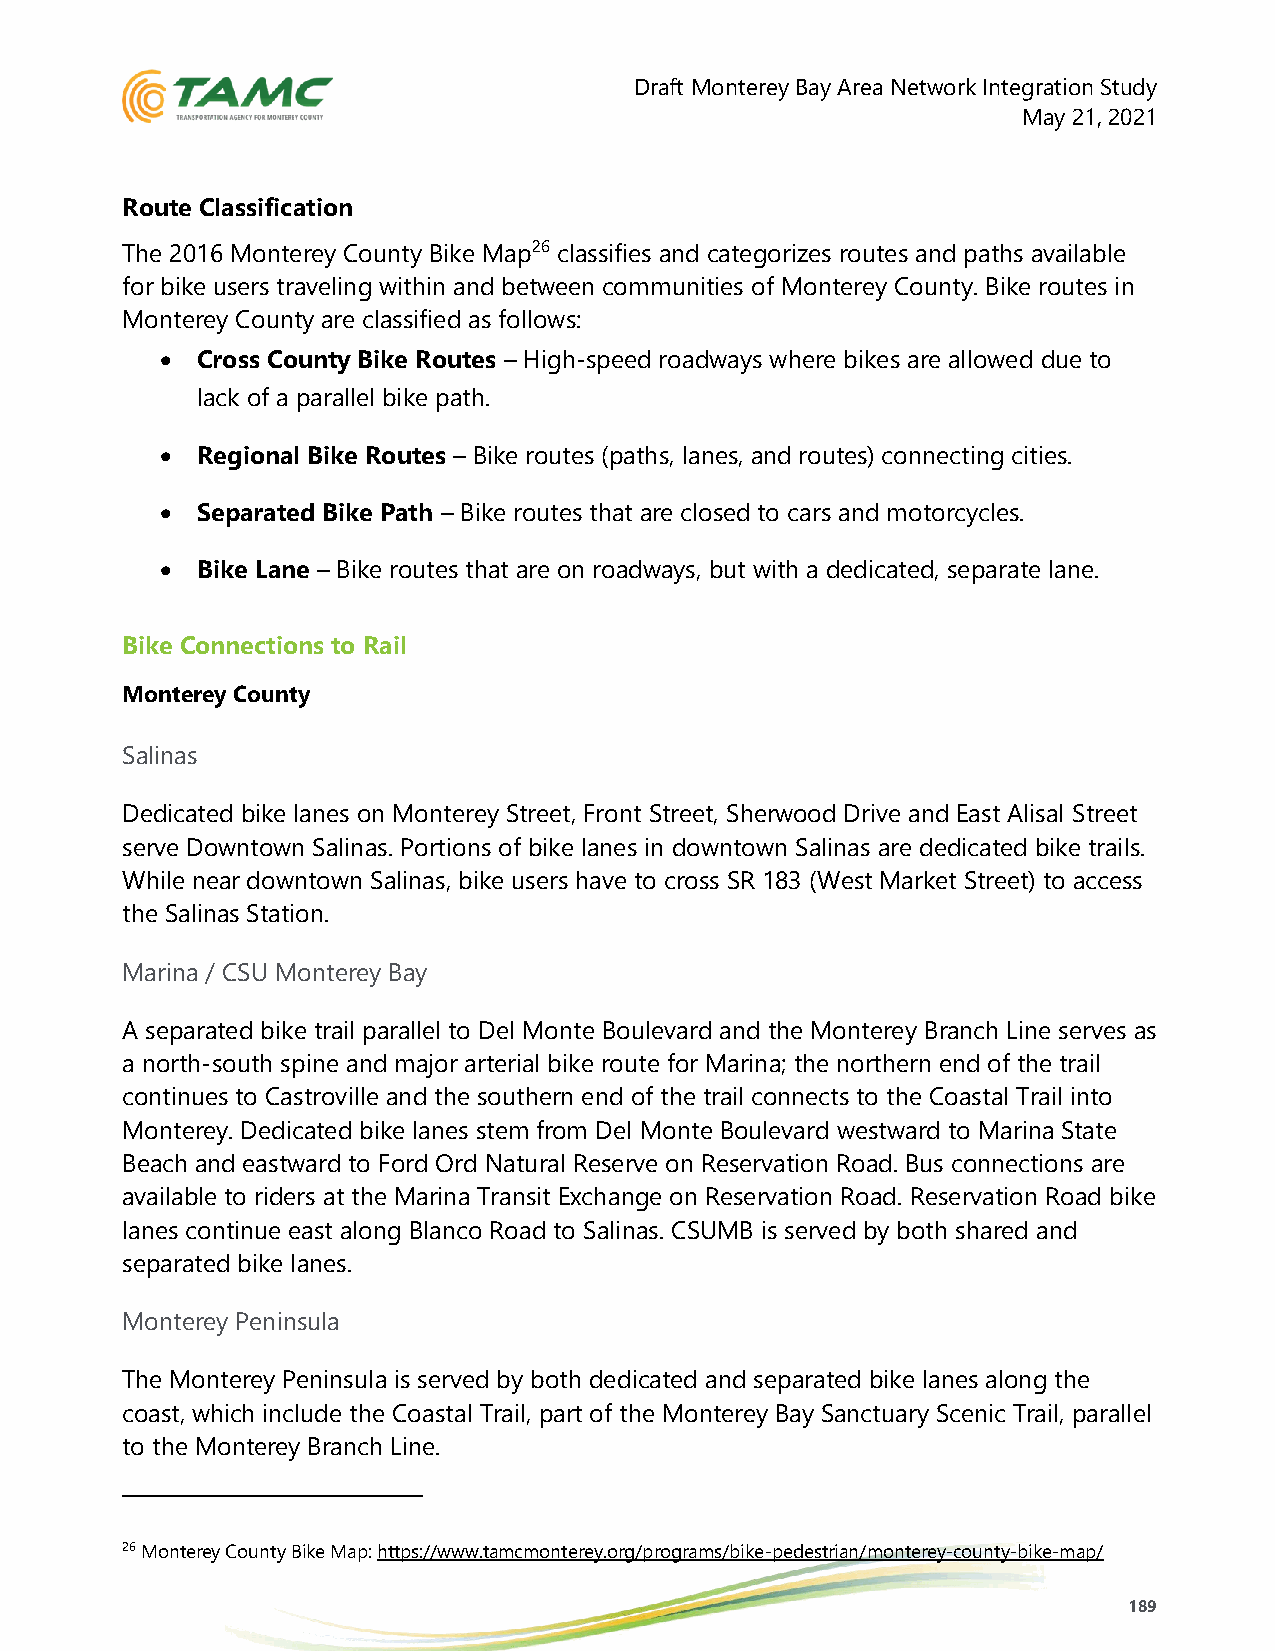
Draft Monterey Bay Area Network Integration Study
 May 21, 2021
 Route Classification
 The 2016 Monterey County Bike Map26 classifies and categorizes routes and paths available
 for bike users traveling within and between communities of Monterey County. Bike routes in
 Monterey County are classified as follows:
 • Cross County Bike Routes – High-speed roadways where bikes are allowed due to
 lack of a parallel bike path.
 • Regional Bike Routes – Bike routes (paths, lanes, and routes) connecting cities.
 • Separated Bike Path – Bike routes that are closed to cars and motorcycles.
 • Bike Lane – Bike routes that are on roadways, but with a dedicated, separate lane.
 Bike Connections to Rail
 Monterey County
 Salinas
 Dedicated bike lanes on Monterey Street, Front Street, Sherwood Drive and East Alisal Street
 serve Downtown Salinas. Portions of bike lanes in downtown Salinas are dedicated bike trails.
 While near downtown Salinas, bike users have to cross SR 183 (West Market Street) to access
 the Salinas Station.
 Marina / CSU Monterey Bay
 A separated bike trail parallel to Del Monte Boulevard and the Monterey Branch Line serves as
 a north-south spine and major arterial bike route for Marina; the northern end of the trail
 continues to Castroville and the southern end of the trail connects to the Coastal Trail into
 Monterey. Dedicated bike lanes stem from Del Monte Boulevard westward to Marina State
 Beach and eastward to Ford Ord Natural Reserve on Reservation Road. Bus connections are
 available to riders at the Marina Transit Exchange on Reservation Road. Reservation Road bike
 lanes continue east along Blanco Road to Salinas. CSUMB is served by both shared and
 separated bike lanes.
 Monterey Peninsula
 The Monterey Peninsula is served by both dedicated and separated bike lanes along the
 coast, which include the Coastal Trail, part of the Monterey Bay Sanctuary Scenic Trail, parallel
 to the Monterey Branch Line.
 26 Monterey County Bike Map: https://www.tamcmonterey.org/programs/bike-pedestrian/monterey-county-bike-map/
 189